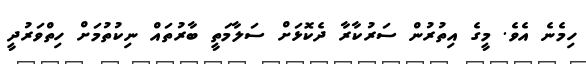
ހިމެނެ އެވެ. މީގެ އިތުރުން ސަރުކާރާ ދެކޮޅަށް ސަލާމަތީ ބާރުތައް ނިކުތުމަށް ހިތްވަރުދީ